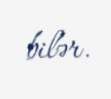
bilər.